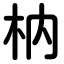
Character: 枘